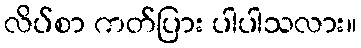
လိပ်စာ ကတ်ပြား ပါပါသလား။